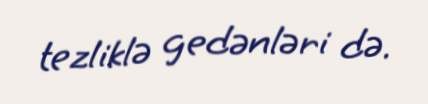
tezliklə gedənləri də.